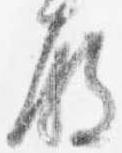
殿